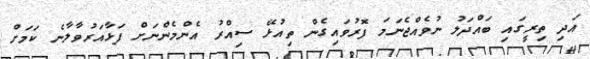
އަދި ތިރީގައި ބައްދަލު ނުވެއްޖެނަމަ ފޮރުވައިގެން ތިއުޅޭ ސިއްރު އެންމެންނަށް ފަޅާއަރުވާލާނެ ކަމަށް